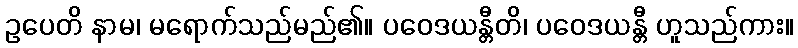
ဥပေတိ နာမ၊ မရောက်သည်မည်၏။ ပဝေဒယန္တီတိ၊ ပဝေဒယန္တီ ဟူသည်ကား။